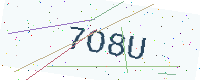
Text: 7O8U